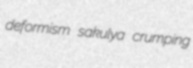
deformism sakulya crumping